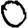
Digit: 0